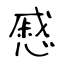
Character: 慼